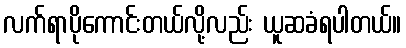
လက်ရာပိုကောင်းတယ်လို့လည်း ယူဆခံရပါတယ်။